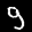
Label: 9